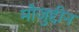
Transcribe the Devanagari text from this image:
मौजुद्दीन